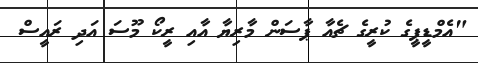
"އެމްޑީޕީގެ ކުރީގެ ޗެއާ ޕާސަން މާރިޔާ އާއި ރީކޯ މޫސަ އަދި ރައީސް